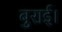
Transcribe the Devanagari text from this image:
बुराई।